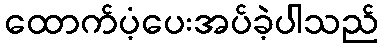
ထောက်ပံ့ပေးအပ်ခဲ့ပါသည်